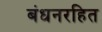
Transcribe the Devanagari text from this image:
बंधनरहित